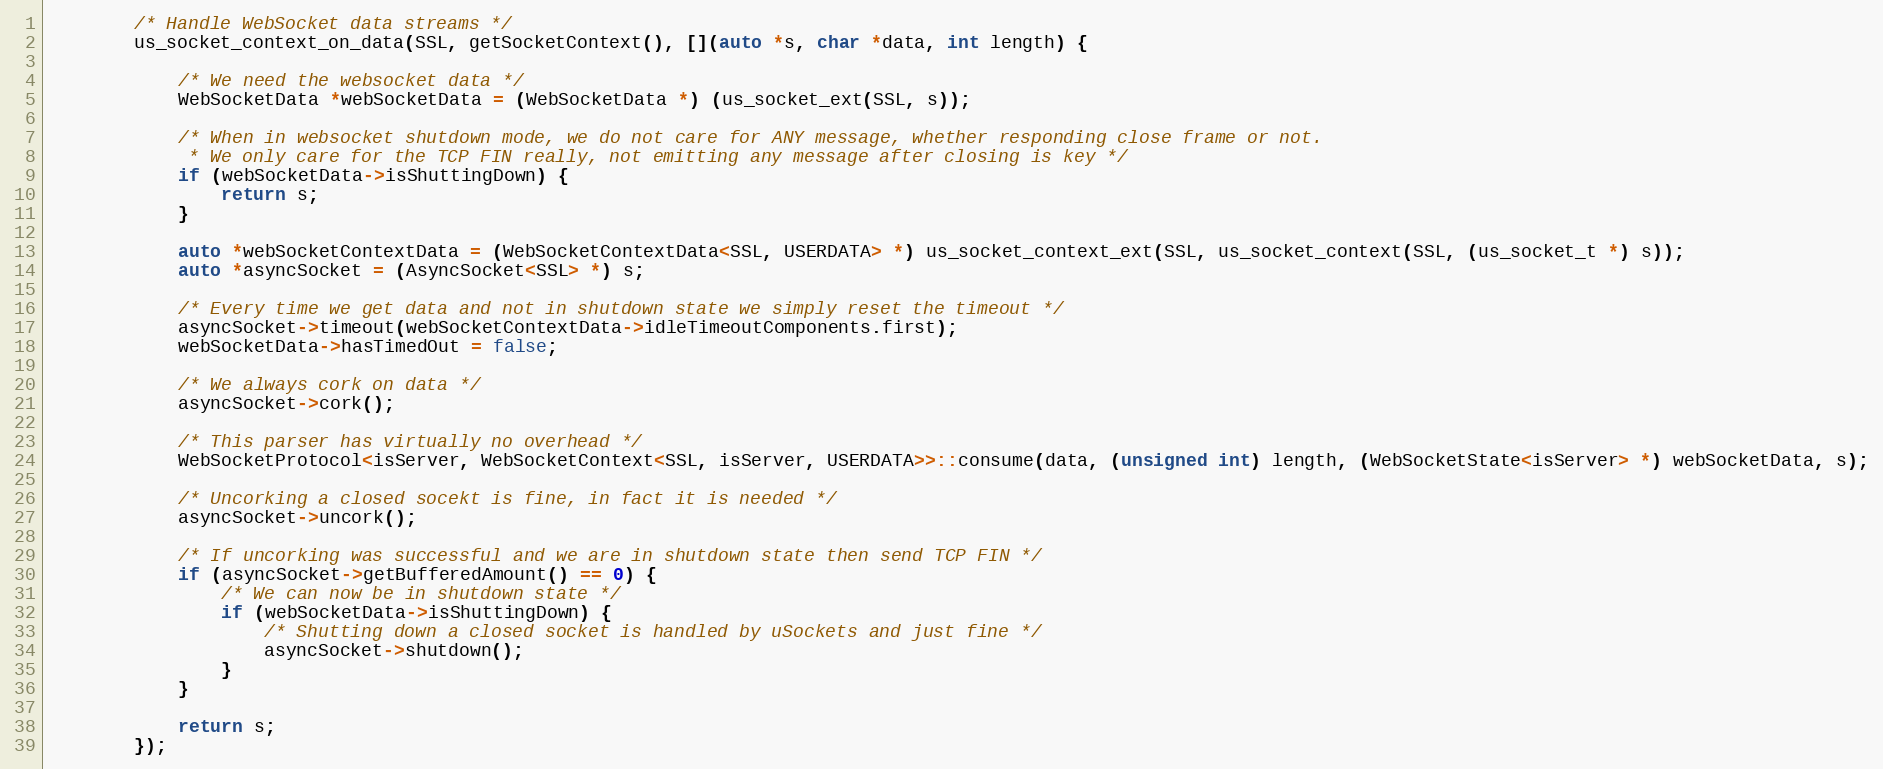
Language: C
        /* Handle WebSocket data streams */
        us_socket_context_on_data(SSL, getSocketContext(), [](auto *s, char *data, int length) {

            /* We need the websocket data */
            WebSocketData *webSocketData = (WebSocketData *) (us_socket_ext(SSL, s));

            /* When in websocket shutdown mode, we do not care for ANY message, whether responding close frame or not.
             * We only care for the TCP FIN really, not emitting any message after closing is key */
            if (webSocketData->isShuttingDown) {
                return s;
            }

            auto *webSocketContextData = (WebSocketContextData<SSL, USERDATA> *) us_socket_context_ext(SSL, us_socket_context(SSL, (us_socket_t *) s));
            auto *asyncSocket = (AsyncSocket<SSL> *) s;

            /* Every time we get data and not in shutdown state we simply reset the timeout */
            asyncSocket->timeout(webSocketContextData->idleTimeoutComponents.first);
            webSocketData->hasTimedOut = false;

            /* We always cork on data */
            asyncSocket->cork();

            /* This parser has virtually no overhead */
            WebSocketProtocol<isServer, WebSocketContext<SSL, isServer, USERDATA>>::consume(data, (unsigned int) length, (WebSocketState<isServer> *) webSocketData, s);

            /* Uncorking a closed socekt is fine, in fact it is needed */
            asyncSocket->uncork();

            /* If uncorking was successful and we are in shutdown state then send TCP FIN */
            if (asyncSocket->getBufferedAmount() == 0) {
                /* We can now be in shutdown state */
                if (webSocketData->isShuttingDown) {
                    /* Shutting down a closed socket is handled by uSockets and just fine */
                    asyncSocket->shutdown();
                }
            }

            return s;
        });